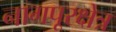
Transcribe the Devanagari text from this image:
नागपूरक्षेत्र